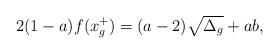
\begin{align*}2(1-a)f(x_g^+)=(a-2)\sqrt{\Delta_g}+ab,\end{align*}